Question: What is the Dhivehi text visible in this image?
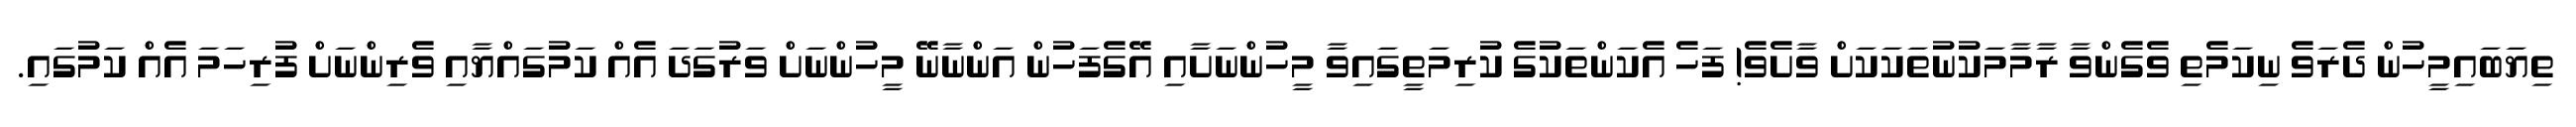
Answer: ތިޔަބައިމީހުން ދެރަވެ ނިކަމެތި ވެގެންވާ ރާމާމަކުނުތަކަކަށް ވާށެވެ! ފަހެ އެކަންތަކުގެ ކުރިމަތީގައިވާ މީހުންނަށާއި އޭގެފަހުން އަންނާނޭ މީހުންނަށް ވަރުގަދަ އެއް ކަމުގައްޔާއި ވެރިންނަށް ފުރިހަމަ އެއް ކަމުގައި.